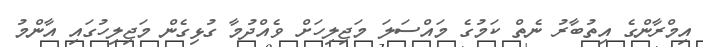
އިމްރާންގެ އިތުބާރު ނެތް ކަމުގެ މައްސަލަ މަޖިލިހަށް ވެއްދުމާ ގުޅިގެން މަޖިލިހުގައި އާންމު